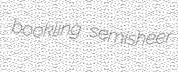
bookling semisheer